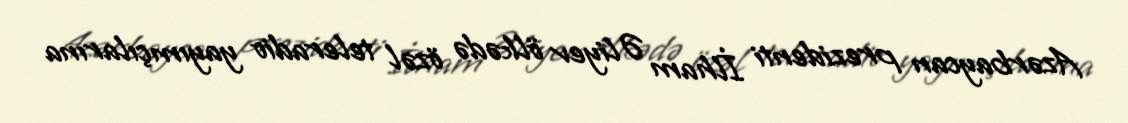
Azərbaycan prezidenti İlham Əliyev ölkədə özəl teleradio yayımçılarına